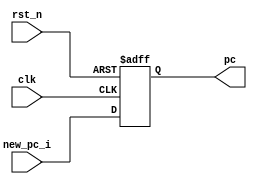
`timescale 1ns/1ps
`default_nettype none

`ifdef CUSTOM_DEFINE
    `include "../defines.vh"
`endif

// Module Declaration
module programCounter 
    `ifdef CUSTOM_DEFINE
		#(parameter REG_DATA_WIDTH = `REG_DATA_WIDTH) 
	`else
		#(parameter REG_DATA_WIDTH = 32) 
	`endif
    (
    rst_n,
    clk,
    new_pc_i,  // New PC
    pc // PC
    //reg_pc_o
    );

    input rst_n, clk;
    input [REG_DATA_WIDTH-1:0] new_pc_i;
    output [REG_DATA_WIDTH-1:0] pc;
    //output [REG_DATA_WIDTH-1:0] reg_pc_o;

    wire [REG_DATA_WIDTH-1:0] new_pc;
    reg [REG_DATA_WIDTH-1:0] pc;
    //reg [REG_DATA_WIDTH-1:0] reg_pc_o;

    

    //assign new_pc = (is_branch_i === 1'b1)? new_pc_i : {{REG_DATA_WIDTH-3{1'b0}},3'd4};  // decide to add 4 or new_pc if is branch
    //assign new_pc = new_pc_i; 
    always@(posedge clk or negedge rst_n)
    begin
        if (!rst_n) begin 
            pc <= {REG_DATA_WIDTH{1'b0}};  //{{REG_DATA_WIDTH-2{1'b1}}, 2'b00};
            //reg_pc_o <= {REG_DATA_WIDTH{1'b0}};
        end 
        else begin
            pc <= new_pc_i;
            //reg_pc_o <= pc;
        end
    end
endmodule
`default_nettype wire